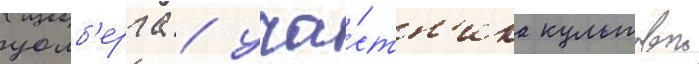
уолб'ерга / уча́стн'ика культовои